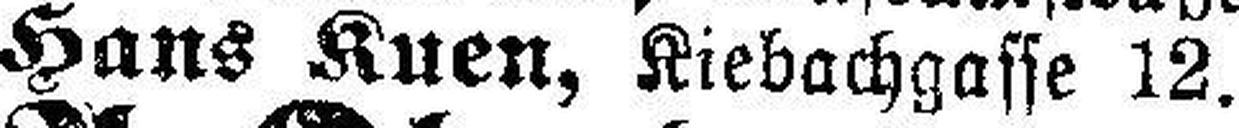
Hans Kuen, Kiebachgasse 12.